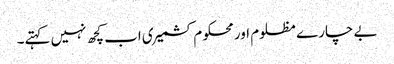
بے چارے مظلوم اور محکوم کشمیری اب کچھ نہیں کہتے۔